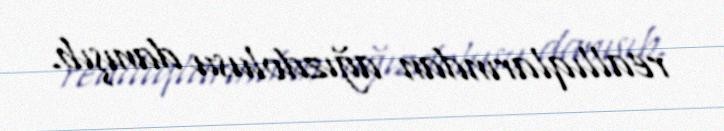
reallıqlarından ağızdolusu danışıb.